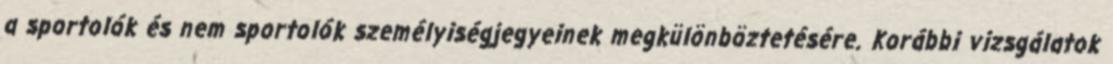
a sportolók és nem sportolók személyiségjegyeinek megkülönböztetésére. Korábbi vizsgálatok